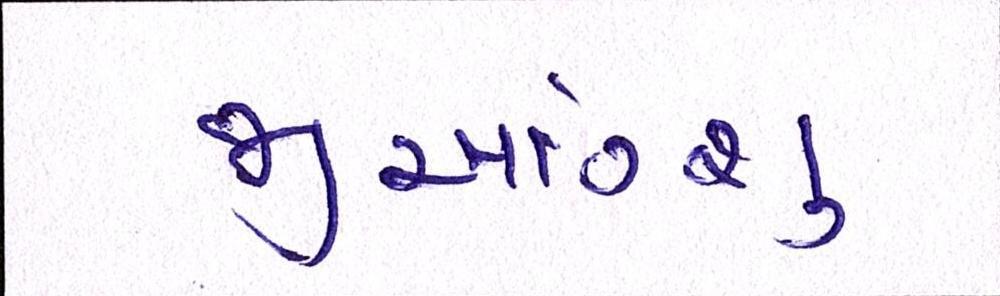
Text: જીઆંગ્શુ